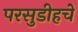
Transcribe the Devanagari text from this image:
परसुडीहचे